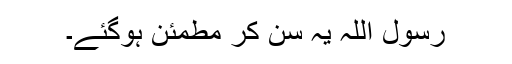
رسول اللہ یہ سن کر مطمئن ہوگئے۔